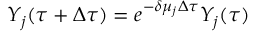
Y _ { j } ( \tau + \Delta \tau ) = e ^ { - \delta \mu _ { j } \Delta \tau } Y _ { j } ( \tau )